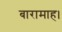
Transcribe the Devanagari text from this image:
बारामाह।